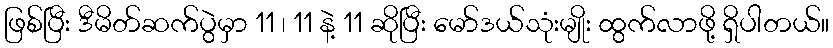
ဖြစ်ပြီး ဒီမိတ်ဆက်ပွဲမှာ 11 ၊ 11 နဲ့ 11 ဆိုပြီး မော်ဒယ်သုံးမျိုး ထွက်လာဖို့ ရှိပါတယ်။